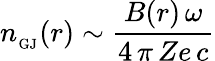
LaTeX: n_{_\mathrm{GJ}}(r)\sim\frac{B(r)\, \omega}{4\, \pi\, Ze\, c}